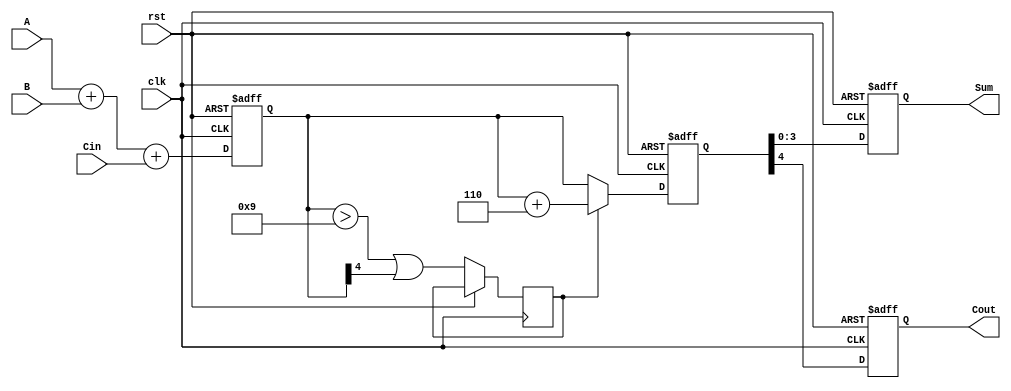
module BCD_Pipelined_Adder (
    input wire [3:0] A,      // BCD input A
    input wire [3:0] B,      // BCD input B
    input wire Cin,          // Carry input
    input wire clk,          // Clock signal
    input wire rst,          // Reset signal
    output reg [3:0] Sum,    // Corrected BCD result
    output reg Cout          // Carry out
);

    // Intermediate signals
    reg [4:0] sum_stage1;    // Sum from stage 1 (5 bits to accommodate carry)
    reg [4:0] corrected_sum;  // Corrected sum after BCD correction
    reg correction_needed;     // Flag to indicate if correction is needed

    // Stage 1: BCD Addition
    always @(posedge clk or posedge rst) begin
        if (rst) begin
            sum_stage1 <= 5'b0;
        end else begin
            sum_stage1 <= A + B + Cin; // Add A, B and Cin
        end
    end

    // Stage 2: BCD Correction Logic
    always @(posedge clk or posedge rst) begin
        if (rst) begin
            corrected_sum <= 5'b0;
            Sum <= 4'b0;
            Cout <= 1'b0;
        end else begin
            // Check if correction is needed
            correction_needed <= (sum_stage1 > 5'b01001) || (sum_stage1[4] == 1'b1);
            if (correction_needed) begin
                corrected_sum <= sum_stage1 + 5'b00110; // Add 6 for correction
            end else begin
                corrected_sum <= sum_stage1; // No correction needed
            end
            
            // Assign outputs
            Sum <= corrected_sum[3:0]; // Take the lower 4 bits as the BCD result
            Cout <= corrected_sum[4];   // Carry out is the 5th bit
        end
    end

endmodule